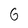
Character: 6